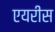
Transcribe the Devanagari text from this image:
एयरीस